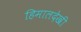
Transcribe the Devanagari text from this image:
हिमालदेखी